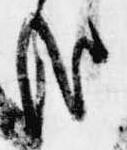
哉